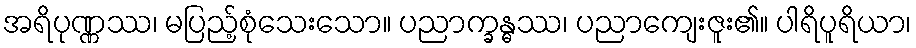
အရိပုဏ္ဏဿ၊ မပြည့်စုံသေးသော။ ပညာက္ခန္ဓဿ၊ ပညာကျေးဇူး၏။ ပါရိပူရိယာ၊